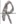
Text: R